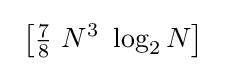
~\left[{\tfrac {7}{8}}\ N^{3}\ \log _{2}N\right]~